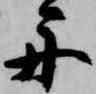
舟